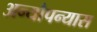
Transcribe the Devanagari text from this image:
अन्यौपन्यास